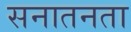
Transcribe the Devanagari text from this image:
सनातनता